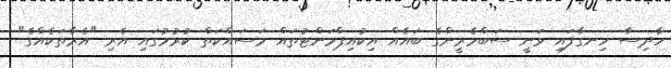
ހާދިސާ ހިނގާފައި ވަނީ ސަބްމެރީންގެ ބައެއް އިކުއިޕްމަންޓުތައް މަސައްކަތް ކުރުމުގައި އެރި "އެރާތަކެއްގެ"